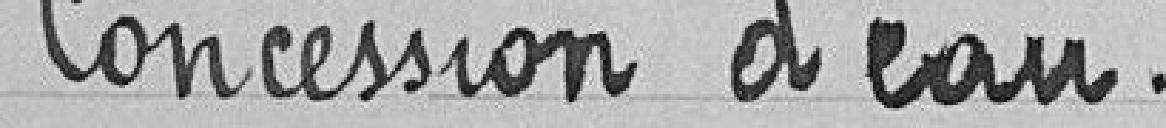
Concession d'eau